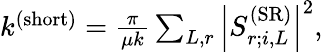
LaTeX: \begin{array}{r}{k^{(\mathrm{short})}=\frac{\pi}{\mu k}\sum_{L,r}\left|S_{r;i,L}^{(\mathrm{SR})}\right|^{2},}\end{array}